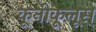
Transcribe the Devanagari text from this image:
कूनीकूलूस्